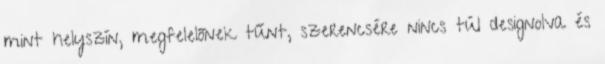
mint helyszín, megfelelőnek tűnt, szerencsére nincs túl designolva és